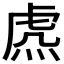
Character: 𧆸